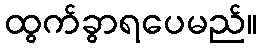
ထွက်ခွာရပေမည်။